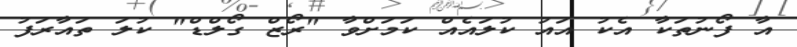
އާ ފޯނުތަކާ އެކު އައު ކުލައެއް ކަމަށްވާ "ރޯޒް ގޯލްޑް" ކުލަ ތައާރަފު